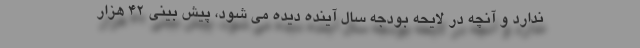
ندارد و آنچه در لایحه بودجه سال آینده دیده می شود، پیش بینی ۴۲ هزار